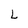
Character: L